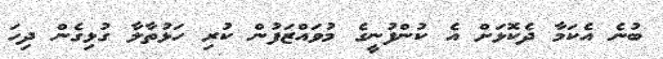
ބުނެ އެކަމާ ދެކޮޅަށް އެ ކުންފުނީގެ މުވައްޒަފުން ކުރި ހަޅުތާލާ ގުޅިގެން ދިހަ